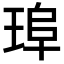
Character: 𤦞